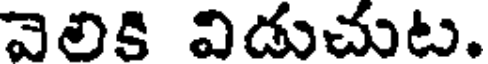
వెలికి విడుచుట.